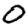
Digit: 0